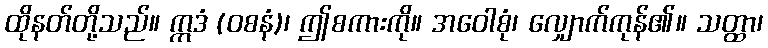
ထိုနတ်တို့သည်။ ဣဒံ (ဝစနံ)၊ ဤစကားကို။ အဝေါစုံ၊ လျှောက်ကုန်၏။ သတ္ထာ၊